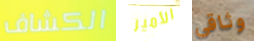
الكشاف الأمير وثاقي